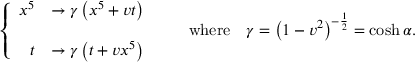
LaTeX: \left\{ \begin{array} { r l } { { x ^ { 5 } } } & { { \rightarrow \gamma \left( x ^ { 5 } + v t \right) } } \\ { { } } & { { } } \\ { { t } } & { { \rightarrow \gamma \left( t + v x ^ { 5 } \right) } } \end{array} \right. \qquad \mathrm { w h e r e } \quad \gamma = \left( 1 - v ^ { 2 } \right) ^ { - { \frac { 1 } { 2 } } } = \cosh \alpha .